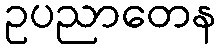
ဥပညာတေန